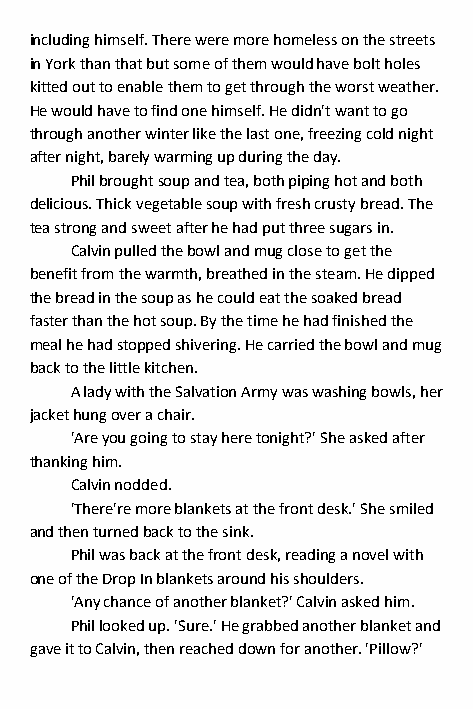
including himself. There were more homeless on the streets
 in York than that but some of them would have bolt holes
 kitted out to enable them to get through the worst weather.
 He would have to find one himself. He didn't want to go
 through another winter like the last one, freezing cold night
 after night, barely warming up during the day.
 Phil brought soup and tea, both piping hot and both
 delicious. Thick vegetable soup with fresh crusty bread. The
 tea strong and sweet after he had put three sugars in.
 Calvin pulled the bowl and mug close to get the
 benefit from the warmth, breathed in the steam. He dipped
 the bread in the soup as he could eat the soaked bread
 faster than the hot soup. By the time he had finished the
 meal he had stopped shivering. He carried the bowl and mug
 back to the little kitchen.
 A lady with the Salvation Army was washing bowls, her
 jacket hung over a chair.
 'Are you going to stay here tonight?' She asked after
 thanking him.
 Calvin nodded.
 'There're more blankets at the front desk.' She smiled
 and then turned back to the sink.
 Phil was back at the front desk, reading a novel with
 one of the Drop In blankets around his shoulders.
 'Any chance of another blanket?' Calvin asked him.
 Phil looked up. 'Sure.' He grabbed another blanket and
 gave it to Calvin, then reached down for another. 'Pillow?'